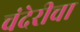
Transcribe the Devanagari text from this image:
चंदेरीचा